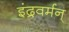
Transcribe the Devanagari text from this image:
इंद्रवर्मन्‌